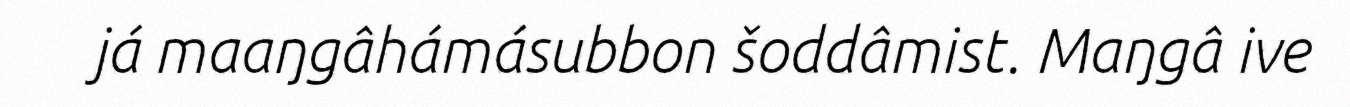
já maaŋgâhámásubbon šoddâmist. Maŋgâ ive